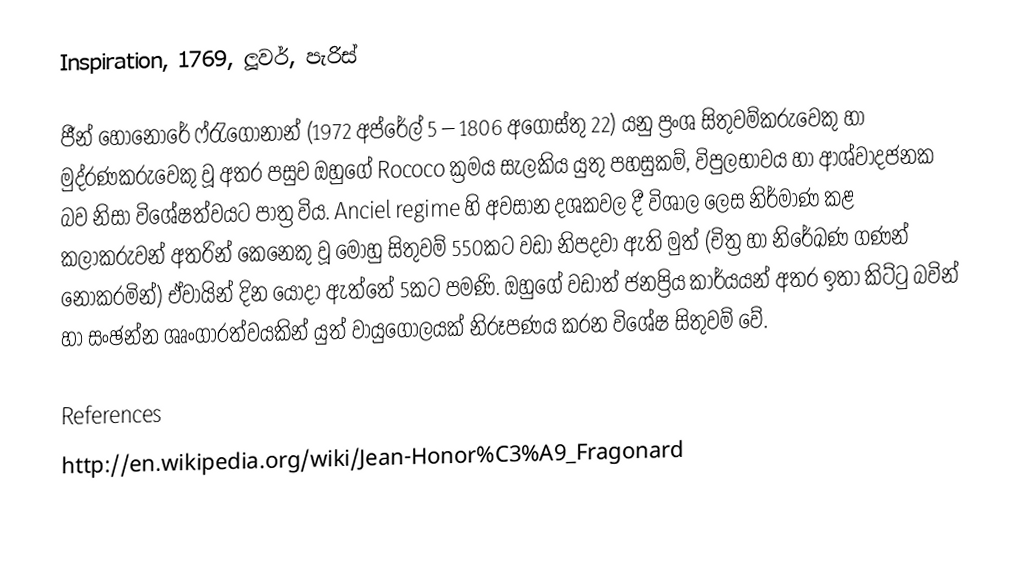
Inspiration, 1769, ලූවර්, පැරිස්

ජීන් හොනොරේ ෆ්රැගොනාන් (1972 අප්රේල් 5 – 1806 අගෝස්තු 22) යනු ප්‍රංශ සිතුවම්කරුවෙකු හා මුද්රණකරුවෙකු වූ අතර පසුව ඔහුගේ Rococo ක්‍රමය සැලකිය යුතු පහසුකම්, විපුලභාවය හා ආශ්වාදජනක බව නිසා විශේෂත්වයට පාත්‍ර විය. Anciel regime හි අවසාන දශකවල දී විශාල ලෙස නිර්මාණ කළ කලාකරුවන් අතරින් කෙනෙකු වූ මොහු සිතුවම් 550කට වඩා නිපදවා ඇති මුත් (චිත්‍ර හා නිරේඛණ ගණන් නොකරමින්) ඒවායින් දින යොදා ඇත්තේ 5කට පමණි. ඔහුගේ වඩාත් ජනප්‍රිය කාර්යයන් අතර ඉතා කිට්ටු බවින් හා සංඡන්න ශෘංගාරත්වයකින් යුත් වායුගෝලයක් නිරූපණය කරන විශේෂ සිතුවම් වේ.

References
http://en.wikipedia.org/wiki/Jean-Honor%C3%A9_Fragonard